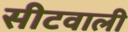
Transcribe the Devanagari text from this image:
सीटवाली